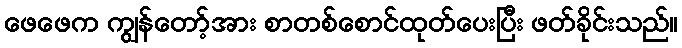
ဖေဖေက ကျွန်တော့်အား စာတစ်စောင်ထုတ်ပေးပြီး ဖတ်ခိုင်းသည်။